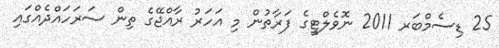
25 ޑިސެމްބަރ 2011 ނޮވެލްޓީގެ ފަރާތުން މި އަހަރު ރާއްޖޭގެ ތިން ސަރަހައްދެއްގައި